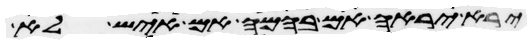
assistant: ירא יראה אם בהמה אם איש לא